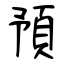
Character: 預